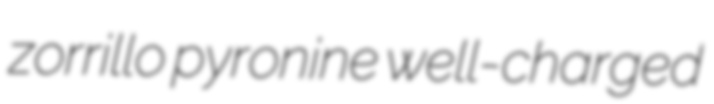
zorrillo pyronine well-charged